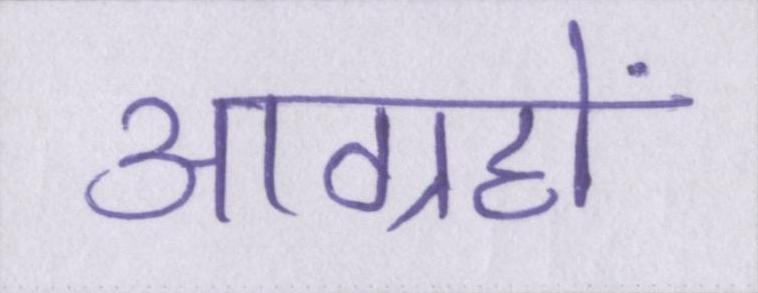
आग्रहों